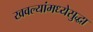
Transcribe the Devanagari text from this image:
खवल्यांमध्येसुद्धा